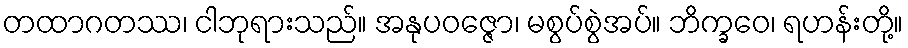
တထာဂတဿ၊ ငါဘုရားသည်။ အနုပဝဇ္ဇော၊ မစွပ်စွဲအပ်။ ဘိက္ခဝေ၊ ရဟန်းတို့။